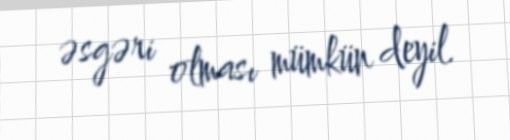
əsgəri olması mümkün deyil.